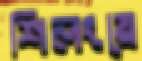
শিলংয়ে